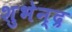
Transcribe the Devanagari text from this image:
शुभेन्द्र